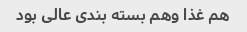
هم غذا وهم بسته بندی عالی بود